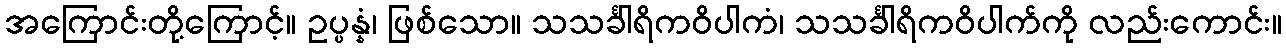
အကြောင်းတို့ကြောင့်။ ဥပ္ပန္နံ၊ ဖြစ်သော။ သသင်္ခါရိကဝိပါကံ၊ သသင်္ခါရိကဝိပါက်ကို လည်းကောင်း။